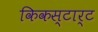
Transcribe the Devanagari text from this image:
किकस्टार्ट